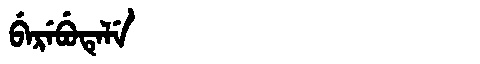
Manchu: ᠪᡝᡵᡝᠪᡠᡨᡝᠯᡝ
Romanization: BEREBUTELE